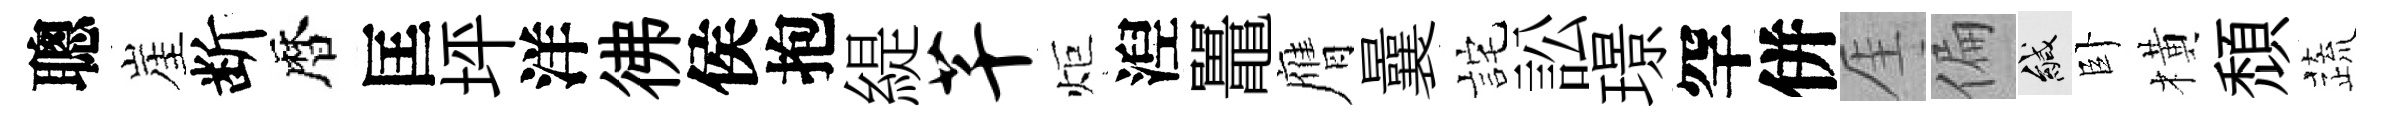
聰崖断暦匡坪洋彿侯抱緹芊炬湼鼉膺曩詫訟璟罕併厓偏緘卧橫頹蔬